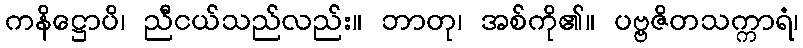
ကနိဋ္ဌောပိ၊ ညီငယ်သည်လည်း။ ဘာတု၊ အစ်ကို၏။ ပဗ္ဗဇိတသက္ကာရံ၊